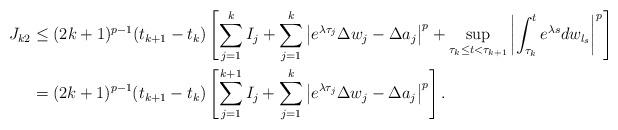
LaTeX: \begin{align*}J_{k2} & \le (2k+1)^{p-1} (t_{k+1}-t_k) \left[\sum_{j=1}^{k}I_j+\sum_{j=1}^{k}\left|e^{\lambda \tau_j} \Delta w_j-\Delta a_j\right|^p+\sup_{\tau_k\le t<\tau_{k+1}}\left|\int_{\tau_{k}}^{t} e^{\lambda s} dw_{l_s}\right|^p\right] \\&=(2k+1)^{p-1} (t_{k+1}-t_k) \left[\sum_{j=1}^{k+1}I_j+\sum_{j=1}^{k}\left|e^{\lambda \tau_j} \Delta w_j-\Delta a_j\right|^p\right].\end{align*}